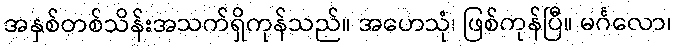
အနှစ်တစ်သိန်းအသက်ရှိကုန်သည်။ အဟေသုံ၊ ဖြစ်ကုန်ပြီ။ မင်္ဂလော၊